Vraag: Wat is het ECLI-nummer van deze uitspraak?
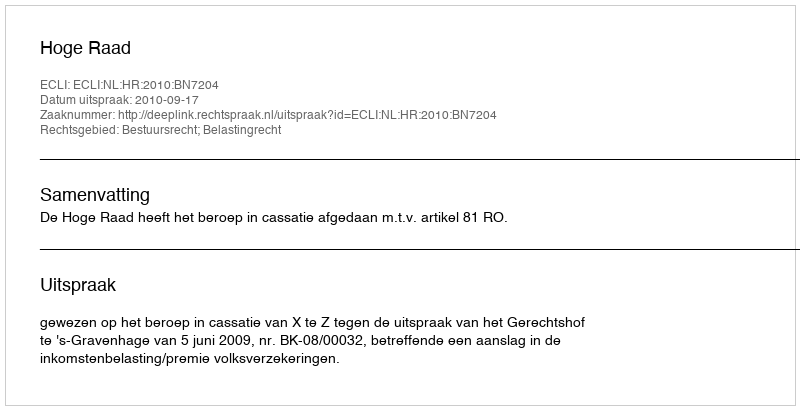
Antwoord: ECLI:NL:HR:2010:BN7204